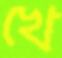
খে